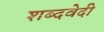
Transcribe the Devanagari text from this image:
शब्दवेदी